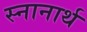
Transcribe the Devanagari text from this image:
स्‍नानार्थ